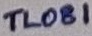
Text: TL081